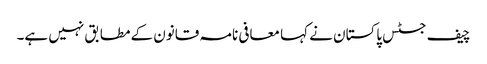
چیف جسٹس پاکستان نے کہا معافی نامہ قانون کے مطابق نہیں ہے۔